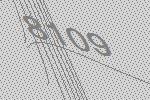
8109